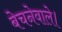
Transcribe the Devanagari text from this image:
बेचनेवाले।